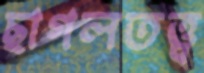
ছাগলতত্ত্ব